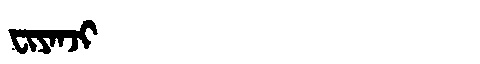
Manchu: ᠸᡳᠶᠠᠨᠵᡳ
Romanization: FIYANJI